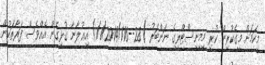
މިކަމަށް މީގެކުރިން ކުރި މިމިނިސްޓްރީގެ ނަންބަރު )28--1/1/2014/116) އިޢުލާނާ ގުޅިގެން އެއްވެސް ފަރާތަކުން